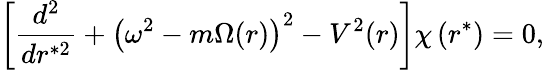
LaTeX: \left[\frac{d^{2}}{dr^{*2}}+\left(\omega^{2}-m\Omega(r)\right)^{2}-V^{2}(r)\right]\chi\left(r^{*}\right)=0,